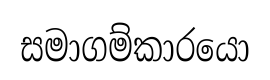
සමාගම්කාරයො